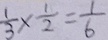
\frac { 1 } { 3 } \times \frac { 1 } { 2 } = \frac { 1 } { 6 }